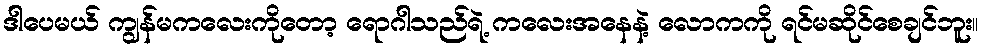
ဒါပေမယ် ကျွန်မကလေးကိုတော့ ရောဂါသည်ရဲ့ ကလေးအနေနဲ့ လောကကို ရင်မဆိုင်စေချင်ဘူး။